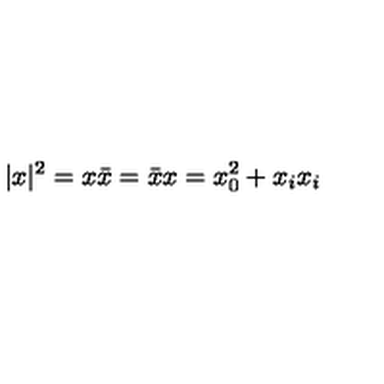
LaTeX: | x | ^ { 2 } = x \bar { x } = \bar { x } x = x _ { 0 } ^ { 2 } + x _ { i } x _ { i }